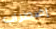
إضطراب